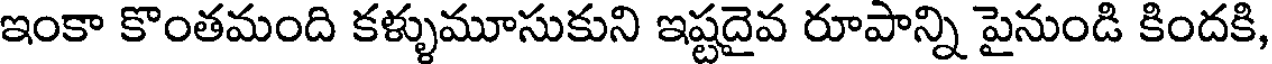
ఇంకా కొంతమంది కళ్ళుమూసుకుని ఇష్టదైవ రూపాన్ని పైనుండి కిందకి,